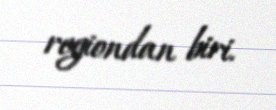
regiondan biri.